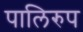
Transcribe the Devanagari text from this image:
पालिरुप